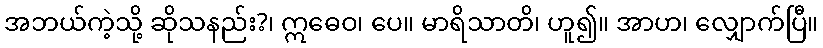
အဘယ်ကဲ့သို့ ဆိုသနည်း?၊ ဣဓေဝ၊ ပေ။ မာရိသာတိ၊ ဟူ၍။ အာဟ၊ လျှောက်ပြီ။